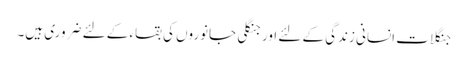
جنگلات انسانی زندگی کے لئے اورجنگلی جانوروں کی بقاء کے لئے ضروری ہیں۔